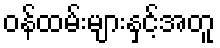
ဝန်ထမ်းများနှင့်အတူ